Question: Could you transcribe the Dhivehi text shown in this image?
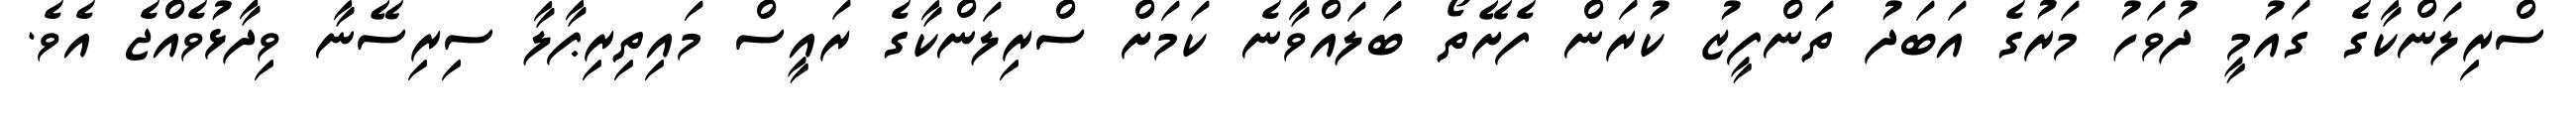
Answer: ސްރިލަންކާގެ ގައުމީ ދުވަހު މަރުގެ އަބަދު ތަންފީޒު ކުރަން ފެށޭތޯ ބަލައްވާނެ ކަމަށް ސްރިލަންކާގެ ރައީސް މައިތިރިޕާލާ ސިރިސޭނާ ވިދާޅުވެއްޖެ އެވެ.